Annual report of the Civil Veterinary Department, Bengal, for the year 1897-98 - 1897-1898
Year: 1897
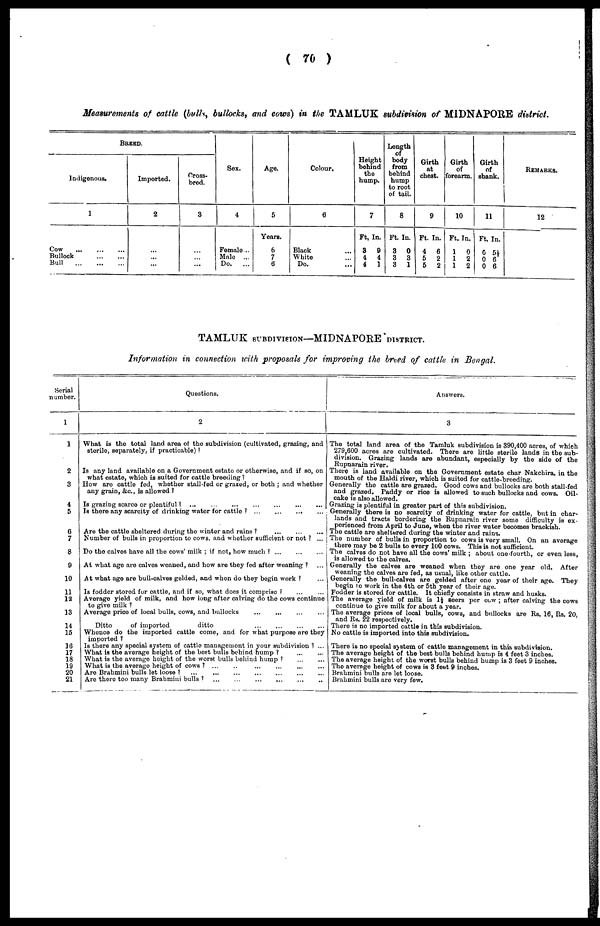
( 76 )
Measurements of cattle (bulls, bullocks, and cows) in the TAMLUK subdivision of MIDNAPORE district.
BREED.
Indigenous.
1
Cow
...
...
...
Bullock
...
...
Bull
...
...
...
Imported.
2
...
...
...
Cross-
bred.
3
...
...
...
Sex.
4
Female ...
Male
...
Do.
...
Age.
5
Years.
6
7
6
Colour.
0
Black ...
White ...
Do. ...
Height
behind
the
hump.
7
Ft, In.
8
9
4
4
4
1
Length
body
from
behind
hump
to root
of tail.
8
Ft. In.
3
0
3
3
3
1
Girth
at
cheat.
9
Ft. In.
4
6
5
2
5
2
Girth
of
forearm.
10
Ft. In.
1
0
1
2
1
2
Girth
of
shank.
11
Ft. In.
6 5½
0 6
0 6
REMARKS.
12
TAMLUK SUBDIVISION—MIDNAPORE DISTRICT.
Information in connection with proposals for improving the breed of cattle in Bengal.
Serial
number.
1
2
3
4
5
6
7
8
9
10
11
12
13
14
15
16
17
18
19
20
21
Questions.
2
What is the total land area of the subdivision (cultivated, grazing, and
storile, separately, if practicable) ?
Is any land available on a Government estate or otherwise, and if so, on
what estate, which is suited for cattle breeding?
How are cattle fed, whether stall-fed or grated, or both ; and whether
any grain, &c., is allowed ?
Is grazing scarce or plentiful? ... ... ... ... ... ... ...
Is there any scarcity of drinking water for cattle ? ... ... ... ...
Are the cattle sheltered during the winter and rains ?
...
...
...
Number of bulls in proportion to cows, and whether sufficient or not ? ...
Do the calves have all the cows' milk : if not, how much ?
...
...
...
At what age are calves weaned, and how are they fed after woaning ? ...
At what ago are bull-calves gelded, and when do they begin work ? ...
Is fodder stored for cattle, and if so, what does it comprise ? ... ...
Average yield of milk, and how long after calving do the cows continue
to give milk ?
Average price of local bulls, cows, and bullocks ... ... ... ...
Ditto
of imported
ditto
...
....
...
...
Whence do the imported cattle come, and for what purpose are they
imported ?
Is there any special system of cattle management in your subdivision ? ...
What is the average height of the best bulls behind hump ?
...
...
What is the average height of the worst bulls behind hump ?
...
...
What is the average height of cows? ... ... ... ... ... ...
Are Brabmini bulls let loose ? ... ... ... ... ... ...
Are there too many Brahmini bulls ? ... ... ... ... ... ...
Answers.
3
The total land area of the Tamluk subdivision is 390,400 acres, of which
279 ? 600 acres are cultivated. There are little sterile lands in the sub-
division. Grazing lands are abundant, especially by the side of the
Rupnarain river.
There is land available on the Government estate char Nakchira, in the
mouth of the Haldi river, which is suited for cattle-breeding.
Generally the cattle are grazed. Good cows and bullocks are both stall-fed
and grazed. Faddy or rice is allowed to such bullocks and cows. Oil-
cake is also allowed.
Grazing is plentiful in greater part of this subdivision.
Generally there is no scarcity of drinking water for cattle, but in char-
lands and tracts bordering the Rupnarain river some difficulty is ex-
perienced from April to June, when the river water becomes brackish.
The cattle are sheltered during the winter and rains.
The number of bulls in proportion to cows is very small. On an average
there may be 2 bulls to every 100 cows. This is not sufficient.
The calves do not have all the cows' milk ; about one-fourth, or even less,
is allowed to the calves.
Generally the calves are weaned when they are one year old. After
weaning the calves are fed, as usual, like other cattle.
Generally the bull-calves are gelded after one year of their age. They
begin to work in the 4th or 5th year of their age.
Fodder is stored for cattle. It chiefly consists in straw and husks.
The average yield of milk is 1½ seers per cow ; after calving the cows
continue to give milk for about a year.
The average prices of local bulls, cows, and bullocks are Rs. 16, Rs. 20,
and Rs. 22 respectively.
There is no imported cattle in this subdivision.
No cattle is imported into this subdivision.
There is no special system of cattle management in this subdivision.
The average height of the best bulls behind hump is 4 feet 3 inches.
The average height of the worst bulls behind hump is 3 feet 9 inches.
The average height of cows is 3 feet 9 inches.
Brabmini bulls are lot loose.
Brabmini bulls are very few.